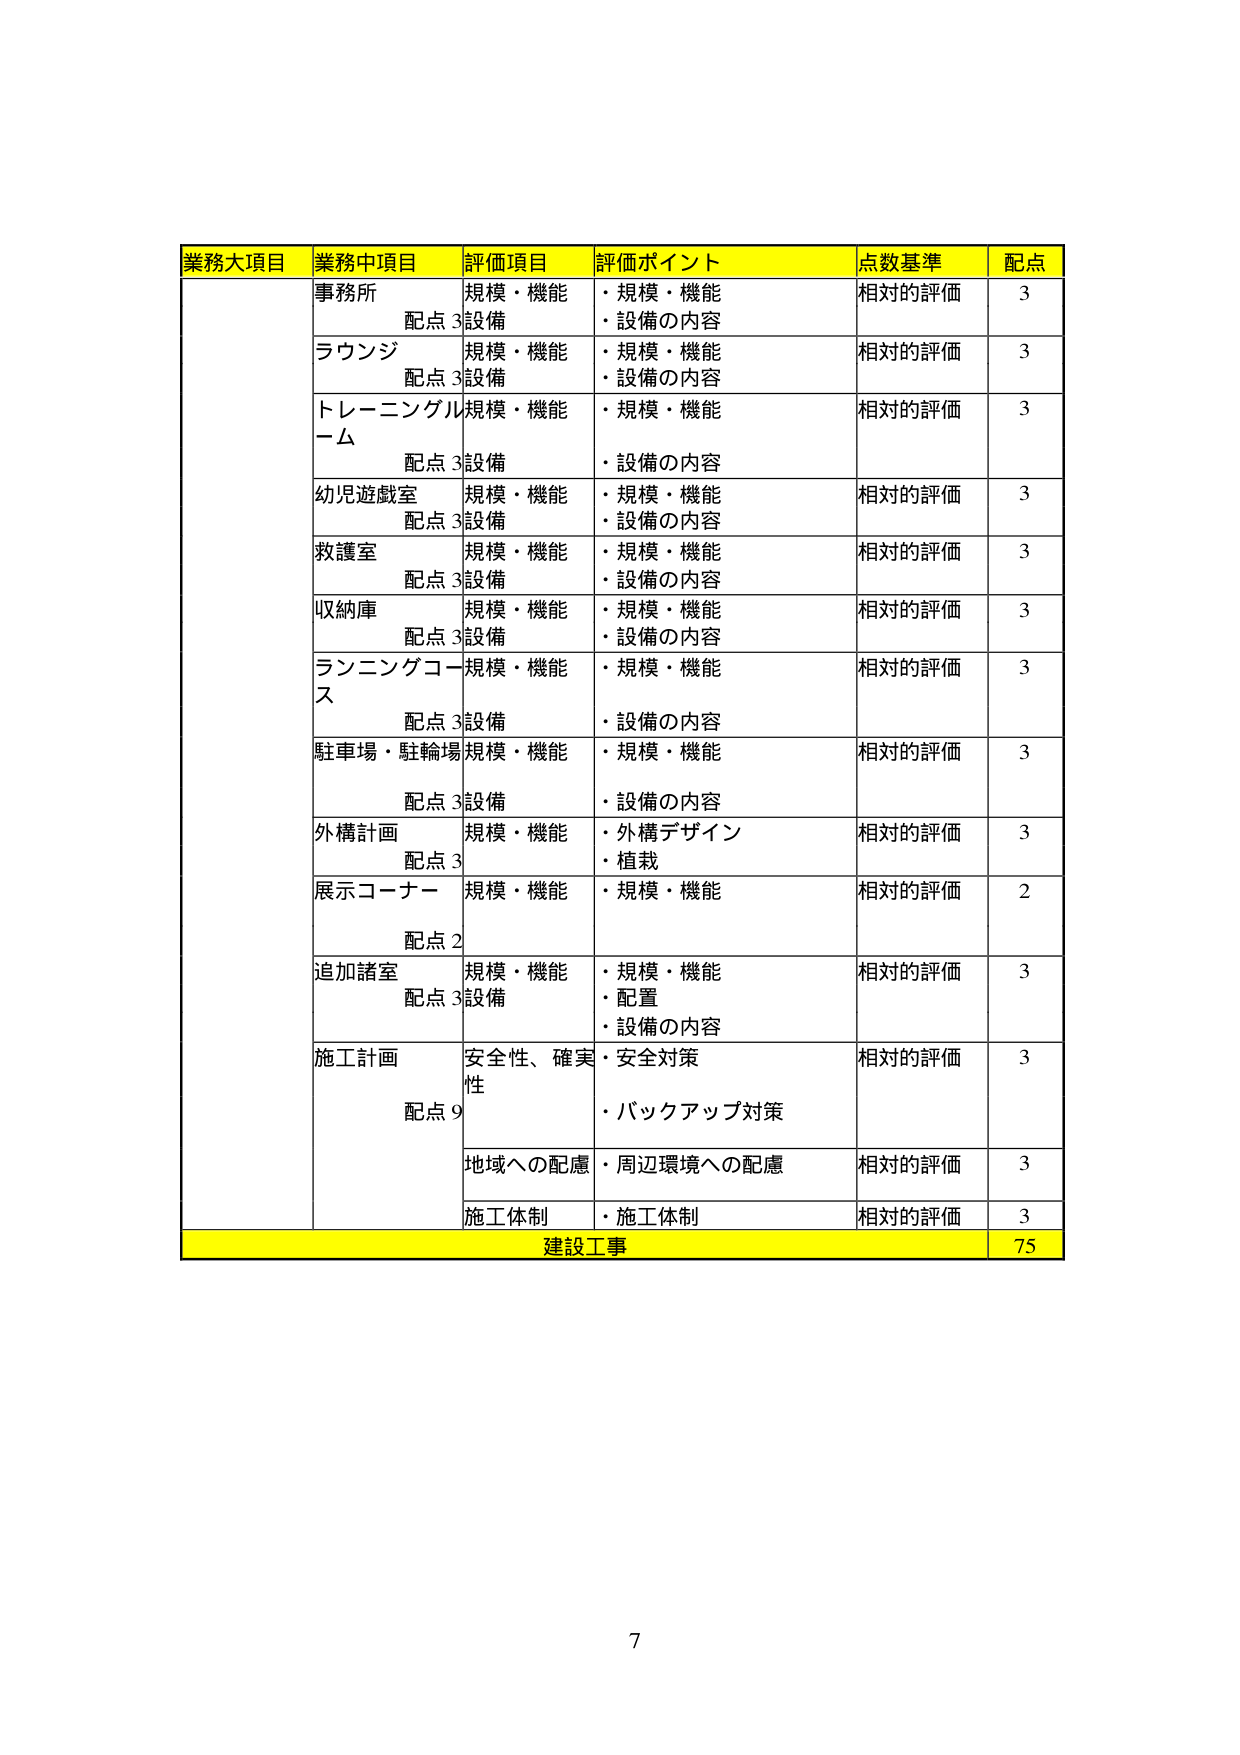
業務大項目 業務中項目 評価項目 評価ポイント 点数基準 配点
事務所 規模・機能 ・規模・機能 相対的評価 3
配点3 設備 ・設備の内容
ラウンジ 規模・機能 ・規模・機能 相対的評価 3
配点3 設備 ・設備の内容
トレーニングルーム 規模・機能 ・規模・機能 相対的評価 3
配点3 設備 ・設備の内容
幼児遊戯室 規模・機能 ・規模・機能 相対的評価 3
配点3 設備 ・設備の内容
救護室 規模・機能 ・規模・機能 相対的評価 3
配点3 設備 ・設備の内容
収納庫 規模・機能 ・規模・機能 相対的評価 3
配点3 設備 ・設備の内容
ランニングコース 規模・機能 ・規模・機能 相対的評価 3
配点3 設備 ・設備の内容
駐車場・駐輪場 規模・機能 ・規模・機能 相対的評価 3
配点3 設備 ・設備の内容
外構計画 規模・機能 ・外構デザイン 相対的評価 3
配点3 ・植栽
展示コーナー 規模・機能 ・規模・機能 相対的評価 2
配点2
追加諸室 規模・機能 ・規模・機能 相対的評価 3
配点3 設備 ・配置
・設備の内容
施工計画 安全性、確実性 ・安全対策 相対的評価 3
配点9 ・バックアップ対策
地域への配慮 ・周辺環境への配慮 相対的評価 3
施工体制 ・施工体制 相対的評価 3
建設工事 75
7